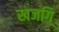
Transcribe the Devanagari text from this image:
खजगि